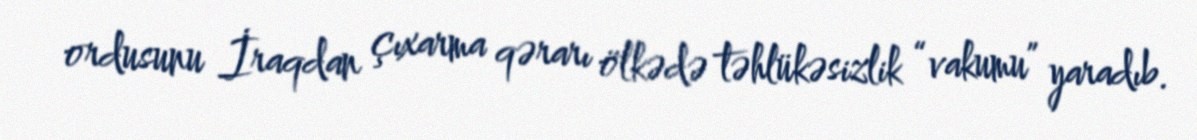
ordusunu İraqdan çıxarma qərarı ölkədə təhlükəsizlik “vakumu” yaradıb.